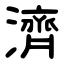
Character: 濟